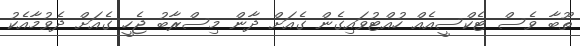
ތޫބާ ވެސް ޓެކްސީއެއް ހުއްޓުވައިގެން ގެއަށް ދާން މިސްރާބު ޖެހީ ގެއަށް ދެވުމާއެކު